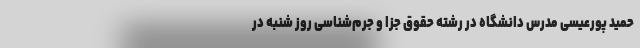
حمید پورعیسی مدرس دانشگاه در رشته حقوق جزا و جرم‌شناسی روز شنبه در